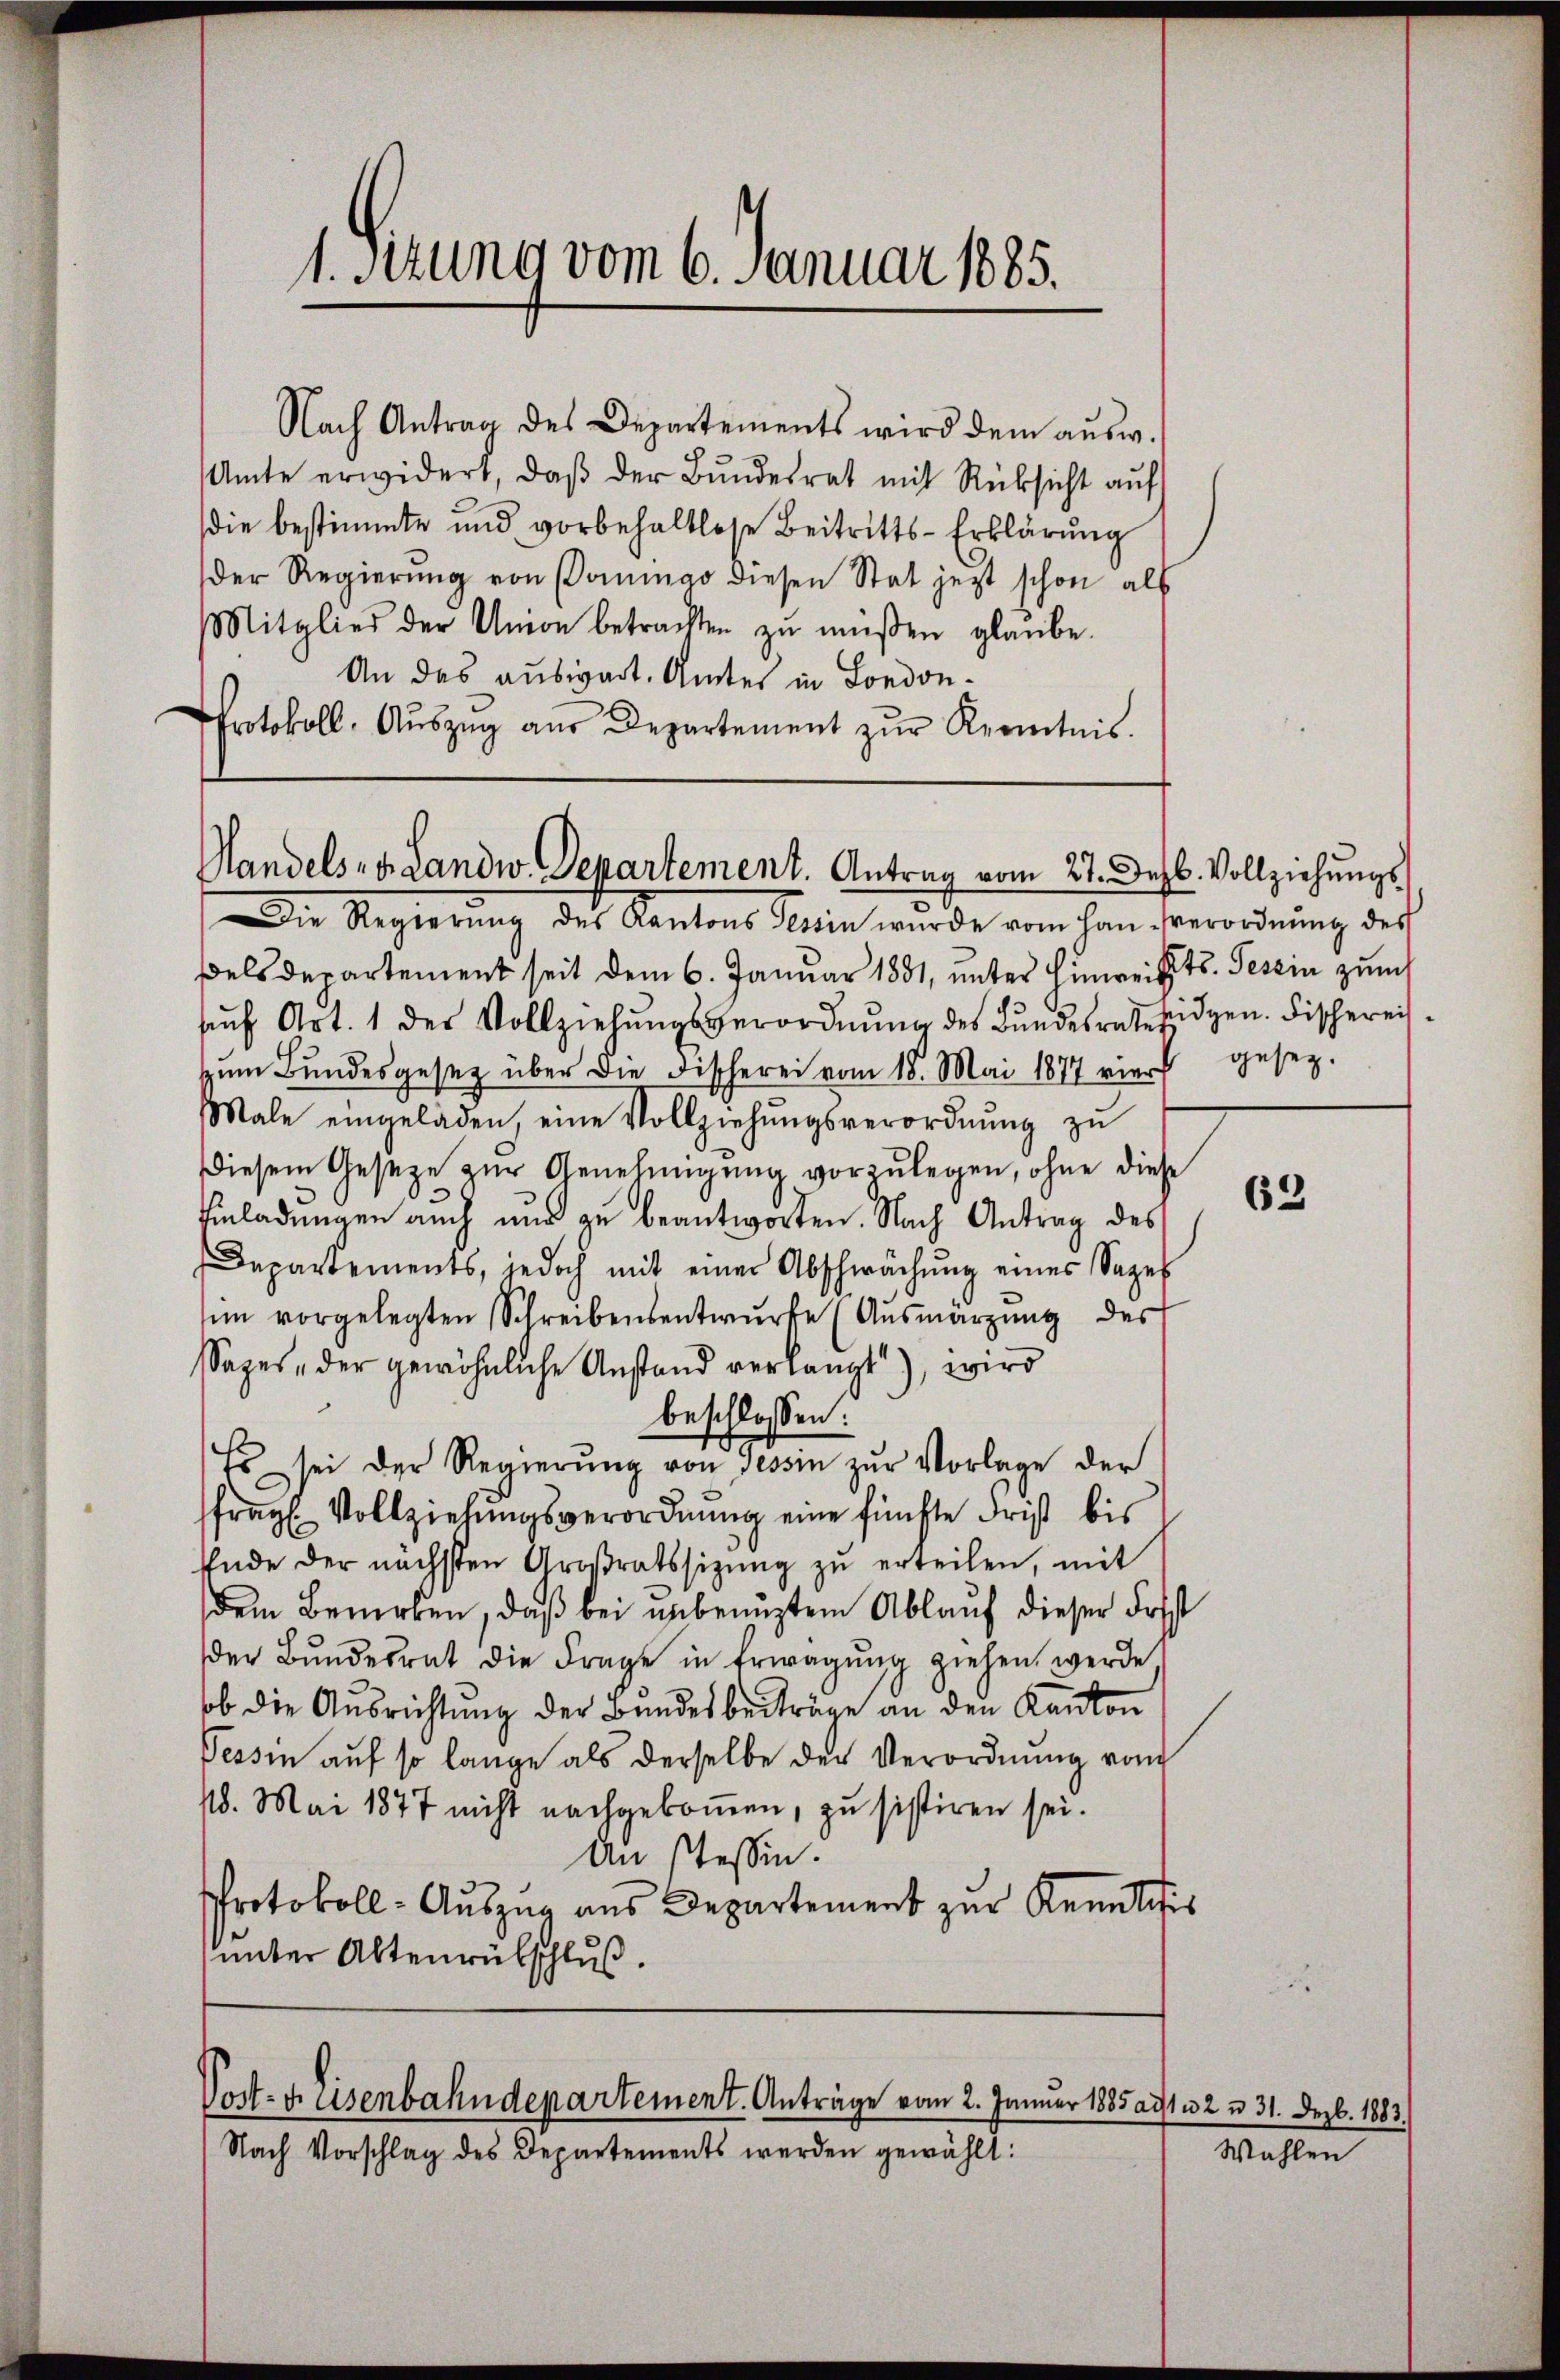
Nach Antrag des Departements wird dem aŭsw.
Amte erwidert, daβ der Bŭndesrat mit Rücksicht aŭf
die bestimmte und vorbehaltlose Beitritts-Erklärung
der Regierŭng von Konigo diesen Stat jetzt schon als
Mitglied der Union betrachten zŭ müssen glaube.
An das auswart. Amtes in London¬
Protokoll-Aŭszŭg aŭs Departement zŭr Kenntnis.

Handels- u. Landw. Departement. Antrag vom 27. Jezb. Vollziehungs

1. Sitzung vom 6. Januar 1885.

Die Regierung des Kantons Klein wurde vom han Verordnung des
ßels Departement seit dem 6. Januar 1881, unter Hinweiss ts. Tessin zum
sŭch Art. 1 der Vollziehŭngsverordnŭng des Bŭndesrateridgen. Fischereiszŭm Bŭndesgesetz über die Fischerei vom 18. Mai 1877 vier gesetz-
Male eingeladen, eine Vollziehŭngsverordnŭng zŭ
iesem Geseze zŭr Genehmigŭng vorzŭlegen, ohne diese
Einladungen auch nur zu beantworten. Nach Antrag des
Departements, jedoch mit einer Abschwächung eines Sapel
im vorgelegten Schreibensentwŭrfe (Ausmärzung des
Sapes, der gewöhnliche Anstand verlangt), wird
beschlossen:
Es sei der Regierŭng von Tessin zŭr Vorlage der
fragl. Vollziehungsverordnung eine fünfte Frist bis
Ende der nächsten Großratssitzŭng zŭ erteilen, mit
dem Bewerken, daß bei unbenuztem Ablauf dieser Frist
der Bŭndesrat die Frage in Erwägŭng ziehen werde,
ob die Ausrichtung der Bundesbeiträge an den Kanton
Tessin aŭf so lange als derselbe der Verordnŭng von
18. Mai 1877 nicht nachgekommen, zu sistiren sei.
An stessen.
Protokoll-Auszug aus Departement zur Kenntiis
unter Altenrütschluß

Vost- u. Eisenbahndepartement. Anträge vom 2. Januar 1885 auft u. 2 u 31. Dezbr. 1883.
Nach Vorschlag des Departements werden gewählt:

Wahlen

62